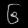
Digit: ၆